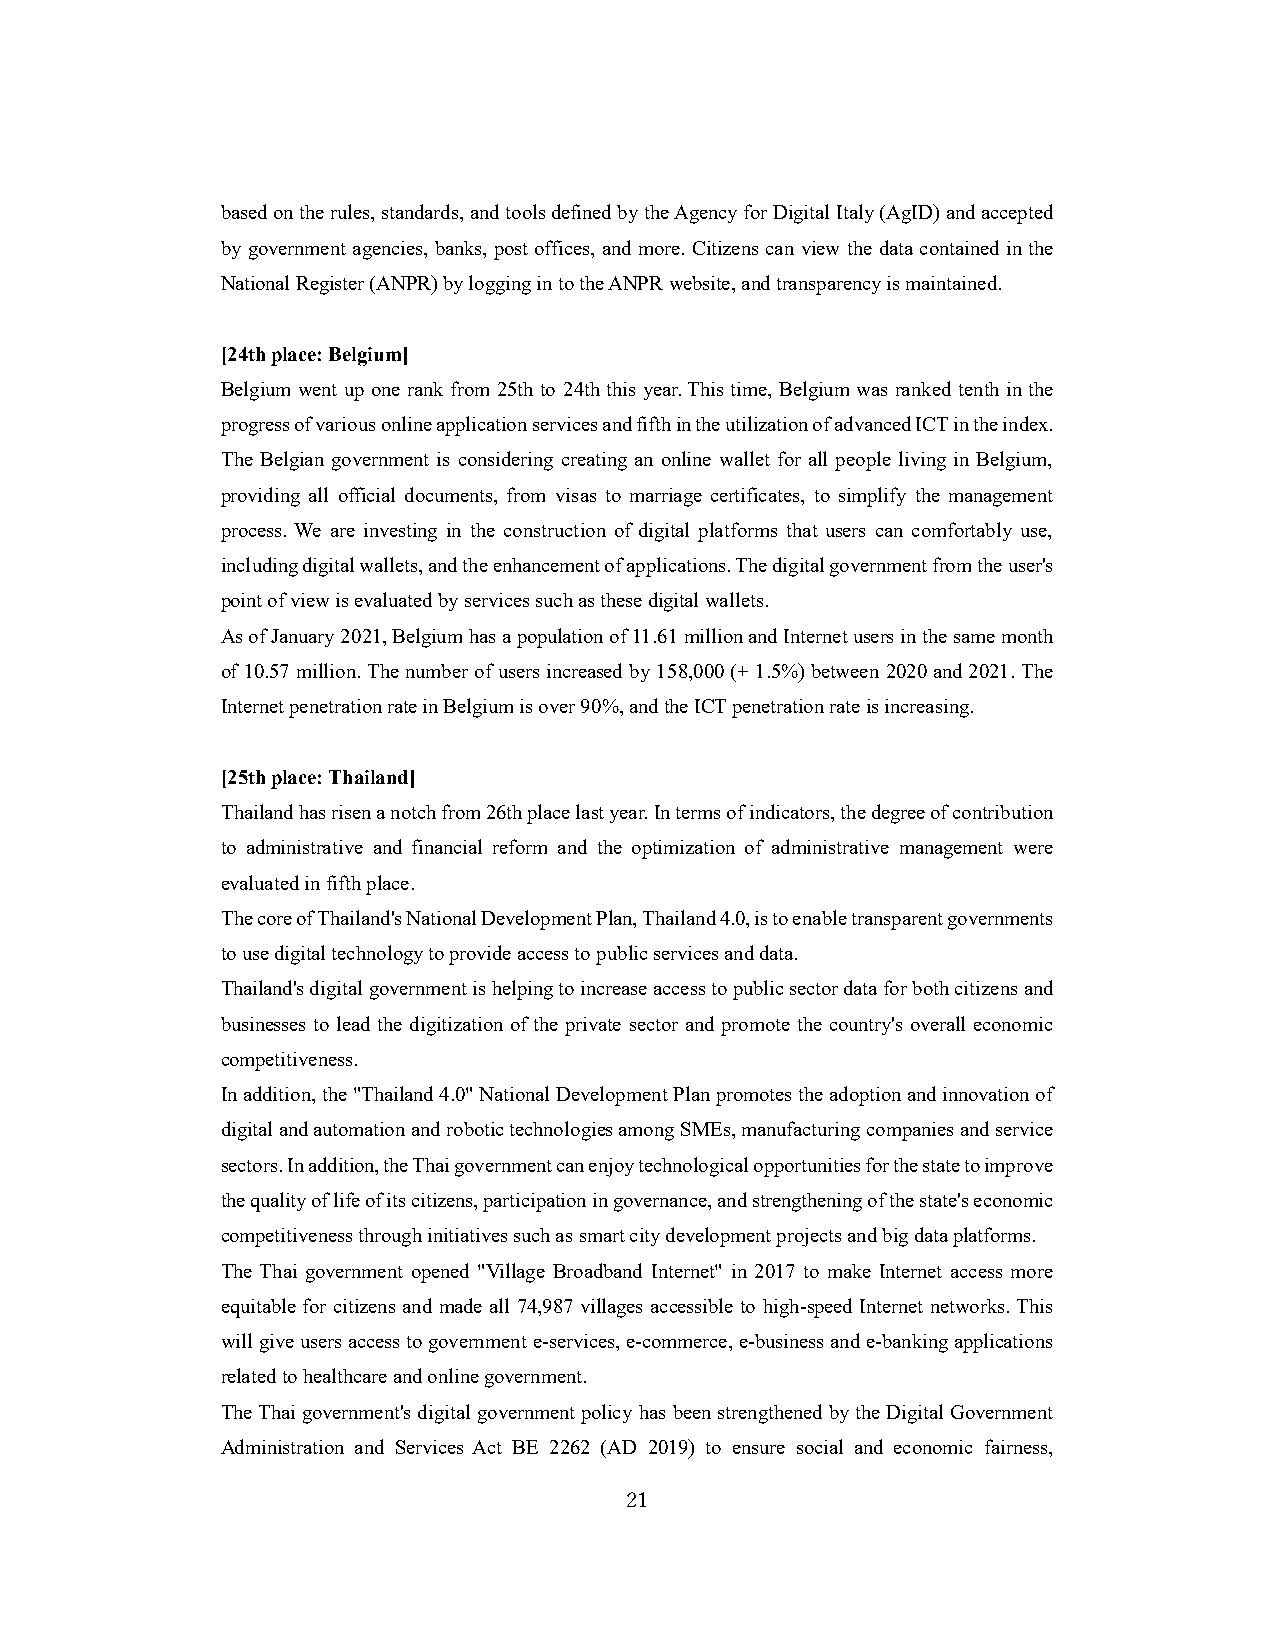
based on the rules, standards, and tools defined by the Agency for Digital Italy (AgID) and accepted
 by government agencies, banks, post offices, and more. Citizens can view the data contained in the
 National Register (ANPR) by logging in to the ANPR website, and transparency is maintained.
 [24th place: Belgium]
 Belgium went up one rank from 25th to 24th this year. This time, Belgium was ranked tenth in the
 progress of various online application services and fifth in the utilization of advanced ICT in the index.
 The Belgian government is considering creating an online wallet for all people living in Belgium,
 providing all official documents, from visas to marriage certificates, to simplify the management
 process. We are investing in the construction of digital platforms that users can comfortably use,
 including digital wallets, and the enhancement of applications. The digital government from the user's
 point of view is evaluated by services such as these digital wallets.
 As of January 2021, Belgium has a population of 11.61 million and Internet users in the same month
 of 10.57 million. The number of users increased by 158,000 (+ 1.5%) between 2020 and 2021. The
 Internet penetration rate in Belgium is over 90%, and the ICT penetration rate is increasing.
 [25th place: Thailand]
 Thailand has risen a notch from 26th place last year. In terms of indicators, the degree of contribution
 to administrative and financial reform and the optimization of administrative management were
 evaluated in fifth place.
 The core of Thailand's National Development Plan, Thailand 4.0, is to enable transparent governments
 to use digital technology to provide access to public services and data.
 Thailand's digital government is helping to increase access to public sector data for both citizens and
 businesses to lead the digitization of the private sector and promote the country's overall economic
 competitiveness.
 In addition, the "Thailand 4.0" National Development Plan promotes the adoption and innovation of
 digital and automation and robotic technologies among SMEs, manufacturing companies and service
 sectors. In addition, the Thai government can enjoy technological opportunities for the state to improve
 the quality of life of its citizens, participation in governance, and strengthening of the state's economic
 competitiveness through initiatives such as smart city development projects and big data platforms.
 The Thai government opened "Village Broadband Internet" in 2017 to make Internet access more
 equitable for citizens and made all 74,987 villages accessible to high-speed Internet networks. This
 will give users access to government e-services, e-commerce, e-business and e-banking applications
 related to healthcare and online government.
 The Thai government's digital government policy has been strengthened by the Digital Government
 Administration and Services Act BE 2262 (AD 2019) to ensure social and economic fairness,
 21